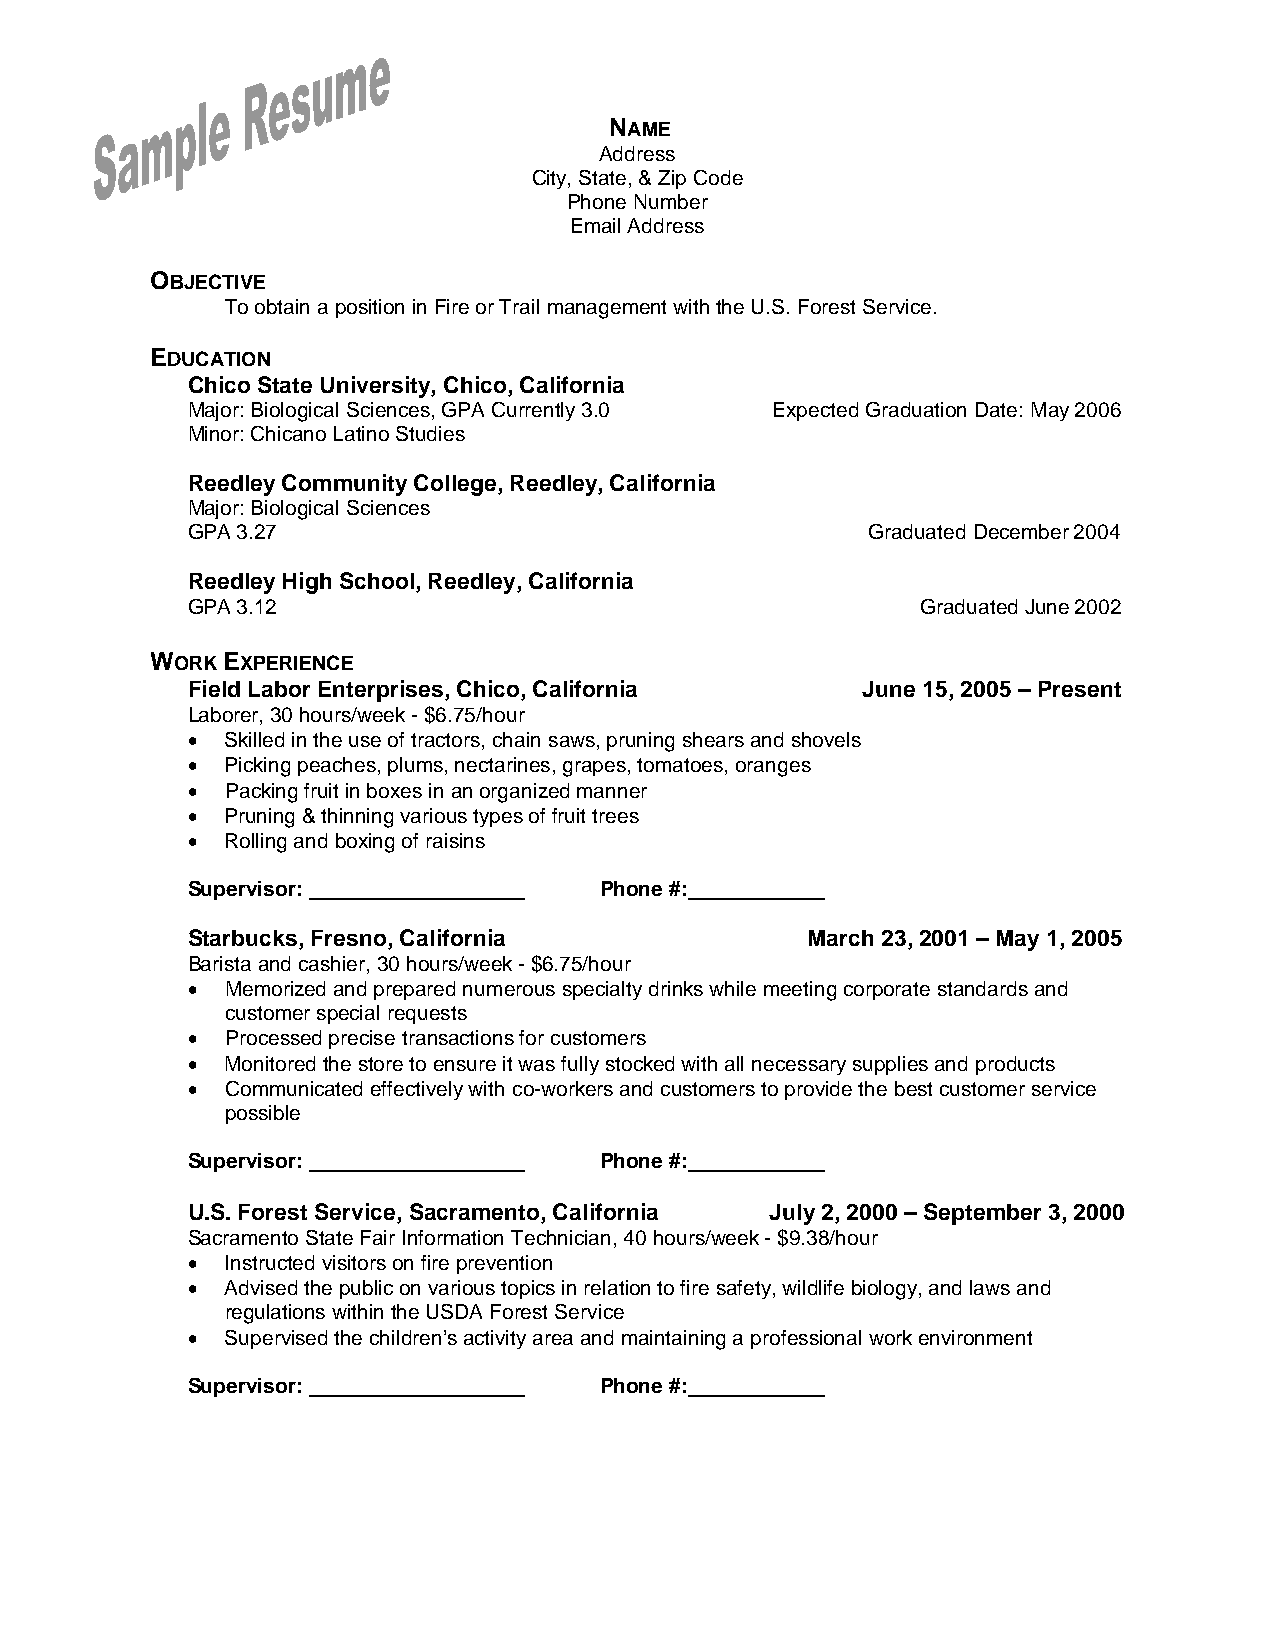
NAME
 Address
 City, State, & Zip Code
 Phone Number
 Email Address
 OBJECTIVE
 To obtain a position in Fire or Trail management with the U.S. Forest Service.
 EDUCATION
 Chico State University, Chico, California
 Major: Biological Sciences, GPA Currently 3.0 Expected Graduation Date: May 2006
 Minor: Chicano Latino Studies
 Reedley Community College, Reedley, California
 Major: Biological Sciences
 GPA 3.27                                     Graduated December 2004
 Reedley High School, Reedley, California
 GPA 3.12                                         Graduated June 2002
 WORK EXPERIENCE
 Field Labor Enterprises, Chico, California   June 15, 2005 – Present
 Laborer, 30 hours/week - $6.75/hour
 •  Skilled in the use of tractors, chain saws, pruning shears and shovels
 •  Picking peaches, plums, nectarines, grapes, tomatoes, oranges
 •  Packing fruit in boxes in an organized manner
 •  Pruning & thinning various types of fruit trees
 •  Rolling and boxing of raisins
 Supervisor:                 Phone #:
 Starbucks, Fresno, California            March 23, 2001 – May 1, 2005
 Barista and cashier, 30 hours/week - $6.75/hour
 •  Memorized and prepared numerous specialty drinks while meeting corporate standards and
 customer special requests
 •  Processed precise transactions for customers
 •  Monitored the store to ensure it was fully stocked with all necessary supplies and products
 •  Communicated effectively with co-workers and customers to provide the best customer service
 possible
 Supervisor:                 Phone #:
 U.S. Forest Service, Sacramento, California July 2, 2000 – September 3, 2000
 Sacramento State Fair Information Technician, 40 hours/week - $9.38/hour
 •  Instructed visitors on fire prevention
 •  Advised the public on various topics in relation to fire safety, wildlife biology, and laws and
 regulations within the USDA Forest Service
 •  Supervised the children’s activity area and maintaining a professional work environment
 Supervisor:                 Phone #: